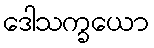
ဒေါသက္ခယော